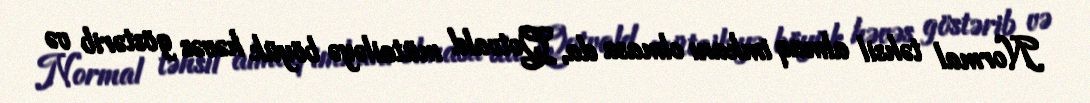
Normal təhsil almaq imkanı olmasa da, Qotvald mütailəyə böyük həvəs göstərib və